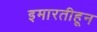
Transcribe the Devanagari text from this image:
इमारतीहून